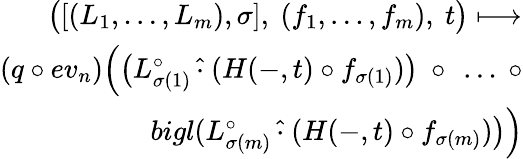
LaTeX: \begin{array}{r}{\bigl([(L_{1},\dots,L_{m}),\sigma],\ (f_{1},\dots,f_{m}),\ t\bigr)\longmapsto}\\ {(q\circ ev_{n})\Bigl(\bigl(L_{\sigma(1)}^{\circ}\, \widehat{\cdot}\ (H(-,t)\circ f_{\sigma(1)})\bigr)\ \circ\ \dots\ \circ}\\ {bigl(L_{\sigma(m)}^{\circ}\, \widehat{\cdot}\ (H(-,t)\circ f_{\sigma(m)})\bigr)\Bigr)}\end{array}